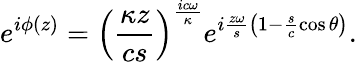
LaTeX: e^{i\phi(z)}=\left(\frac{\kappa z}{cs}\right)^{\frac{ic\omega}{\kappa}}e^{i\frac{z\omega}{s}\left(1-\frac{s}{c}\cos\theta\right)}.